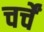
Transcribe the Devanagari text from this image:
चर्चें